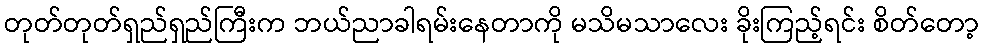
တုတ်တုတ်ရှည်ရှည်ကြီးက ဘယ်ညာခါရမ်းနေတာကို မသိမသာလေး ခိုးကြည့်ရင်း စိတ်တော့